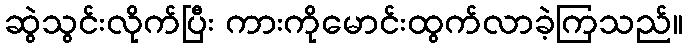
ဆွဲသွင်းလိုက်ပြီး ကားကိုမောင်းထွက်လာခဲ့ကြသည်။